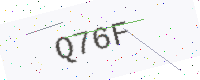
Text: Q76F